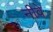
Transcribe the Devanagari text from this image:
नीवे